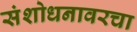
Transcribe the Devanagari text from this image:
संशोधनावरचा